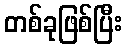
တစ်ခုဖြစ်ပြီး